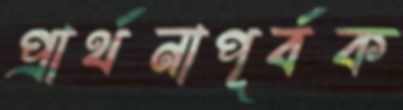
প্রার্থনাপূর্বক